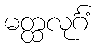
မတ္ထလုင်္ဂံ